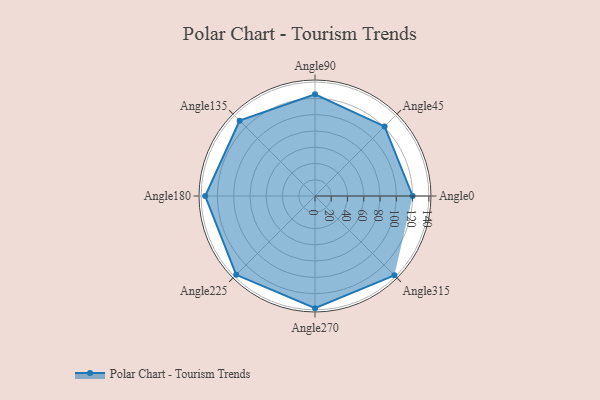
{"axis": {"x": "Angle", "y": "Radius"}, "legend": [""], "data": [{"x": "Angle0", "y": 120.0, "type": ""}, {"x": "Angle45", "y": 121.0, "type": ""}, {"x": "Angle90", "y": 125.0, "type": ""}, {"x": "Angle135", "y": 131.0, "type": ""}, {"x": "Angle180", "y": 135.0, "type": ""}, {"x": "Angle225", "y": 137.0, "type": ""}, {"x": "Angle270", "y": 138.0, "type": ""}, {"x": "Angle315", "y": 138.0, "type": ""}]}